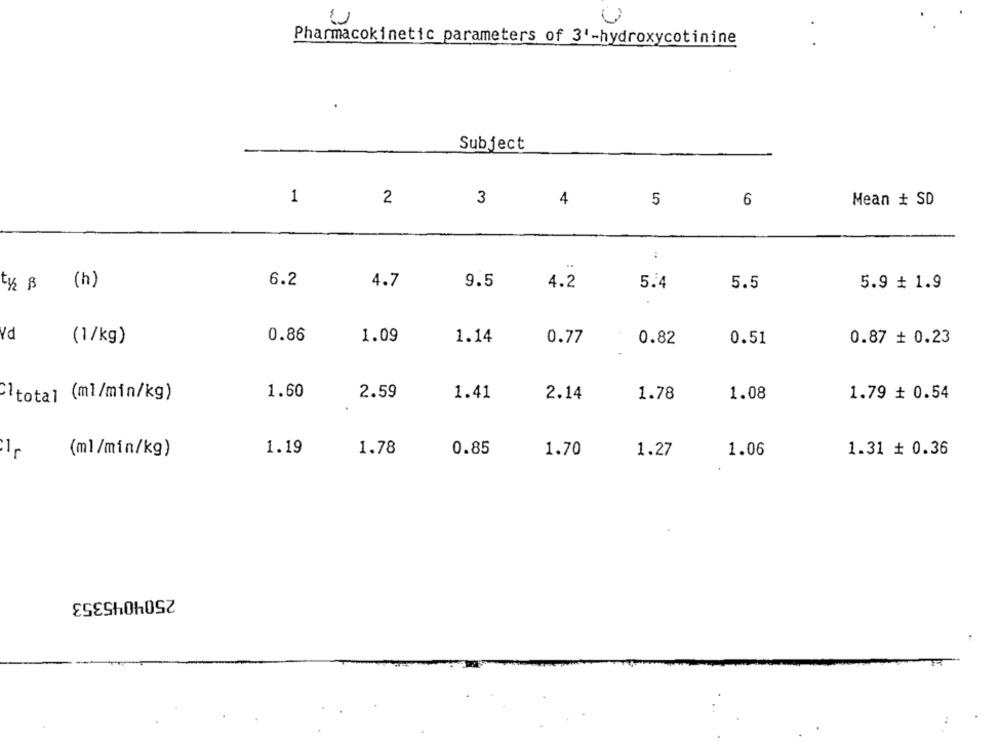
Pharmacokinetic parameters of 3'-hydroxycotinine
Subject
1
2
3
4
5
6
Mean # SD
..
6.2
9.5
ty B
(h)
4.7
4.2
5.4
5.5
5.9 + 1.9
Vd
(1/kg)
0.86
1.09
1.14
0.77
0.82
0.51
0.87 + 0.23
Cltotal (ml/min/kg)
1.60
2.59
1.41
2.14
1.78
1.08
1.79 # 0.54
1.19
1.78
0.85
1.70
1.27
1.06
1.31 # 0.36
(ml/min/kg)
2504045353